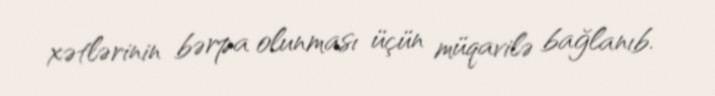
xətlərinin bərpa olunması üçün müqavilə bağlanıb.